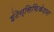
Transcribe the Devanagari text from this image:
इंटेन्सिफिकेशन